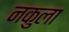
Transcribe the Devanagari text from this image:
नकुला